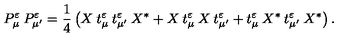
P _ { \mu } ^ { \varepsilon } \: P _ { \mu ^ { \prime } } ^ { \varepsilon } = \frac { 1 } { 4 } \left( X \: t _ { \mu } ^ { \varepsilon } \: t _ { \mu ^ { \prime } } ^ { \varepsilon } \: X ^ { * } + X \: t _ { \mu } ^ { \varepsilon } \: X \: t _ { \mu ^ { \prime } } ^ { \varepsilon } + t _ { \mu } ^ { \varepsilon } \: X ^ { * } \: t _ { \mu ^ { \prime } } ^ { \varepsilon } \: X ^ { * } \right) .